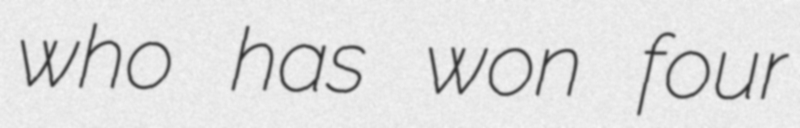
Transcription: who has won four